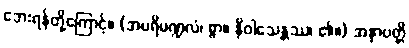
ဘေးရန်တို့ကြောင့်။ (အပရိမဏ္ဍလံ၊ စွာ။ နိဝါသေန္တဿ၊ ၏။) အနာပတ္တိ